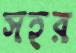
সহর